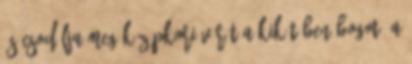
és csodálja meg középkori várát a kikötőben Bogotá a